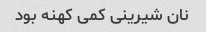
نان شیرینی کمی کهنه بود